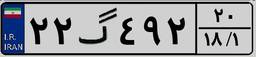
۲۲گ۴۹۲۲۰